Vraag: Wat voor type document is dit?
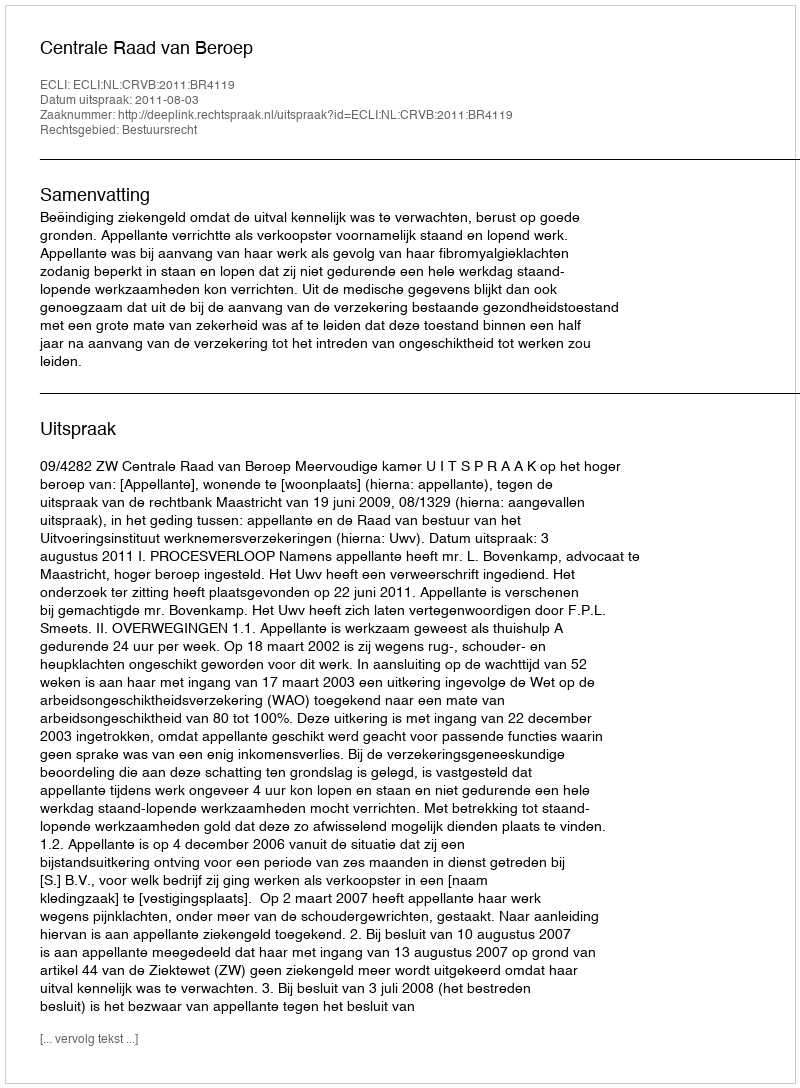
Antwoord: Uitspraak